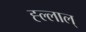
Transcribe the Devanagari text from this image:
ह्ल्लाल्